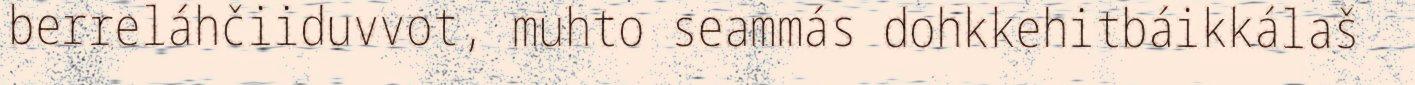
berreláhčiiduvvot, muhto seammás dohkkehitbáikkálaš